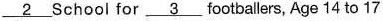
\underline{2} School for. \underline{3} footballers, Age 14 to 17